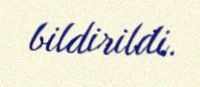
bildirildi.